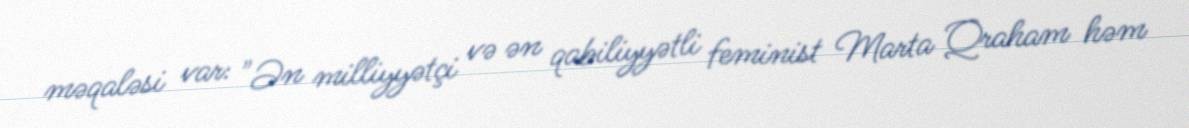
məqaləsi var: "Ən milliyyətçi və ən qabiliyyətli feminist Marta Qraham həm